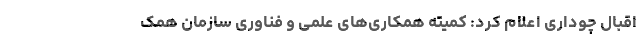
اقبال چوداری اعلام کرد: کمیته همکاری‌های علمی و فناوری سازمان همک